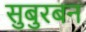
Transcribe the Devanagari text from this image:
सुबुरबन